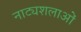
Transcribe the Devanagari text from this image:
नाट्यशलाओं